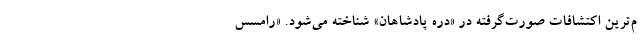
م‌ترین اکتشافات صورت‌گرفته در «دره پادشاهان» شناخته می‌شود. «رامسس